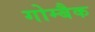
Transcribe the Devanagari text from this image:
गोम्बैक